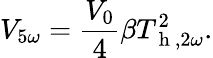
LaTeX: V_{5\omega}=\frac{V_{0}}{4}\beta T_{\mathrm{~h~},2\omega}^{2}{.}